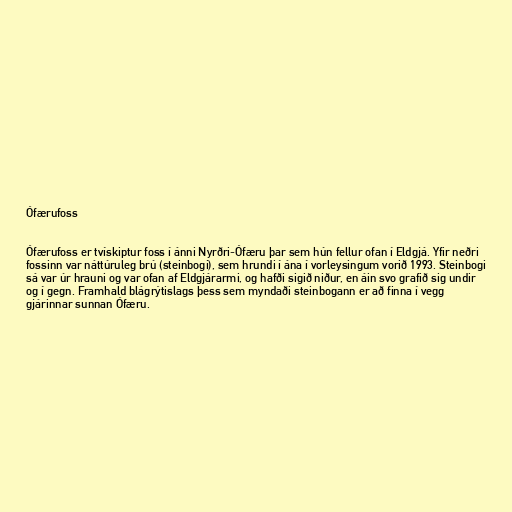
Ófærufoss

Ófærufoss er tvískiptur foss í ánni Nyrðri-Ófæru þar sem hún fellur ofan í Eldgjá. Yfir neðri
fossinn var náttúruleg brú (steinbogi), sem hrundi í ána í vorleysingum vorið 1993. Steinbogi
sá var úr hrauni og var ofan af Eldgjárarmi, og hafði sigið niður, en áin svo grafið sig undir
og í gegn. Framhald blágrýtislags þess sem myndaði steinbogann er að finna í vegg
gjárinnar sunnan Ófæru.